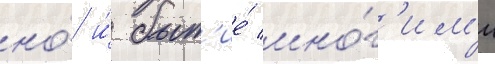
но́ и́ быт'ие́ мно́г'им'и